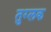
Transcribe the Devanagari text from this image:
तुग्लक